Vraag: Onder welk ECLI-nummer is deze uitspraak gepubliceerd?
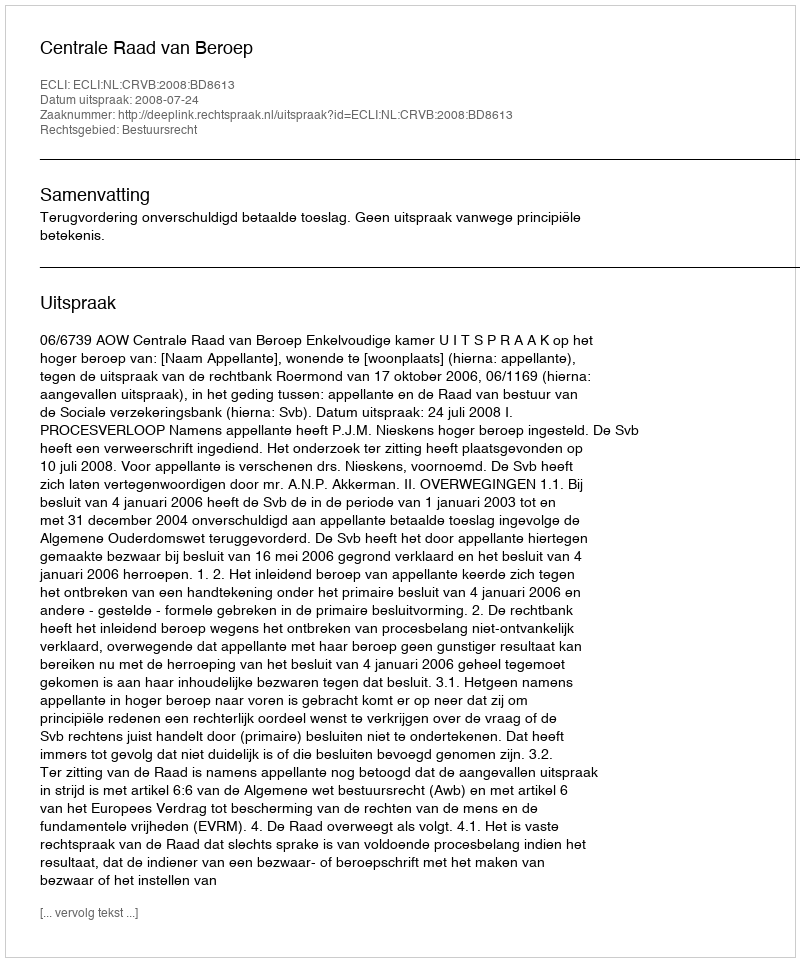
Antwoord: ECLI:NL:CRVB:2008:BD8613